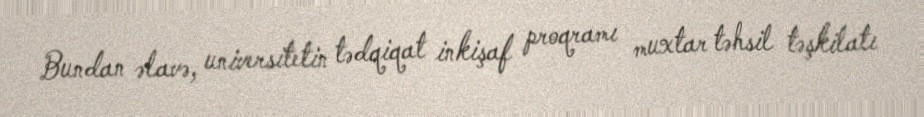
Bundan əlavə, universitetin tədqiqat inkişaf proqramı muxtar təhsil təşkilatı